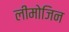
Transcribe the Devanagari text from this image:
लीमोजिन